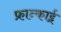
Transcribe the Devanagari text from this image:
फ्रान्काई